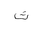
Letter: _tha